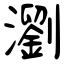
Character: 瀏